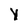
Character: Y